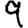
Digit: 9